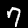
Digit: 7